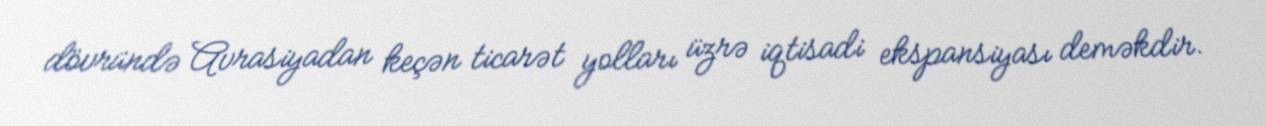
dövründə Avrasiyadan keçən ticarət yolları üzrə iqtisadi ekspansiyası deməkdir.